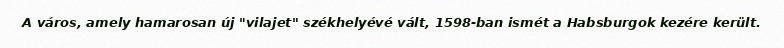
A város, amely hamarosan új "vilajet" székhelyévé vált, 1598-ban ismét a Habsburgok kezére került.